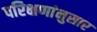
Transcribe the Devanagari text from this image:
परिक्षणांनुसार